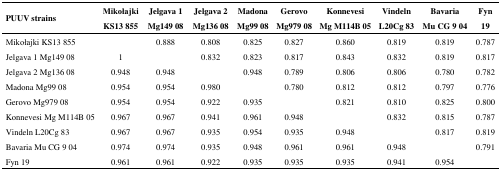
| <ROWSPAN=2> PUUV strains | Mikołajki | Jelgava 1 | Jelgava 2 | Madona | Gerovo | Konnevesi | Vindeln | Bavaria | Fyn |
 | KS13 855 | Mg149 08 | Mg136 08 | Mg99 08 | Mg979 08 | Mg M114B 05 | L20Cg 83 | Mu CG 9 04 | 19 |
 | --- | --- | --- | --- | --- | --- | --- | --- | --- | --- |
 | Mikołajki KS13 855 |  | 0.888 | 0.808 | 0.825 | 0.827 | 0.860 | 0.819 | 0.819 | 0.787 |
 | Jelgava 1 Mg149 08 | 1 |  | 0.832 | 0.823 | 0.817 | 0.843 | 0.832 | 0.819 | 0.817 |
 | Jelgava 2 Mg136 08 | 0.948 | 0.948 |  | 0.948 | 0.789 | 0.806 | 0.806 | 0.780 | 0.782 |
 | Madona Mg99 08 | 0.954 | 0.954 | 0.980 |  | 0.780 | 0.812 | 0.812 | 0.797 | 0.776 |
 | Gerovo Mg979 08 | 0.954 | 0.954 | 0.922 | 0.935 |  | 0.821 | 0.810 | 0.825 | 0.800 |
 | Konnevesi Mg M114B 05 | 0.967 | 0.967 | 0.941 | 0.961 | 0.948 |  | 0.832 | 0.815 | 0.787 |
 | Vindeln L20Cg 83 | 0.967 | 0.967 | 0.935 | 0.954 | 0.935 | 0.948 |  | 0.817 | 0.819 |
 | Bavaria Mu CG 9 04 | 0.974 | 0.974 | 0.935 | 0.948 | 0.961 | 0.961 | 0.948 |  | 0.791 |
 | Fyn 19 | 0.961 | 0.961 | 0.922 | 0.935 | 0.935 | 0.935 | 0.941 | 0.954 |  |